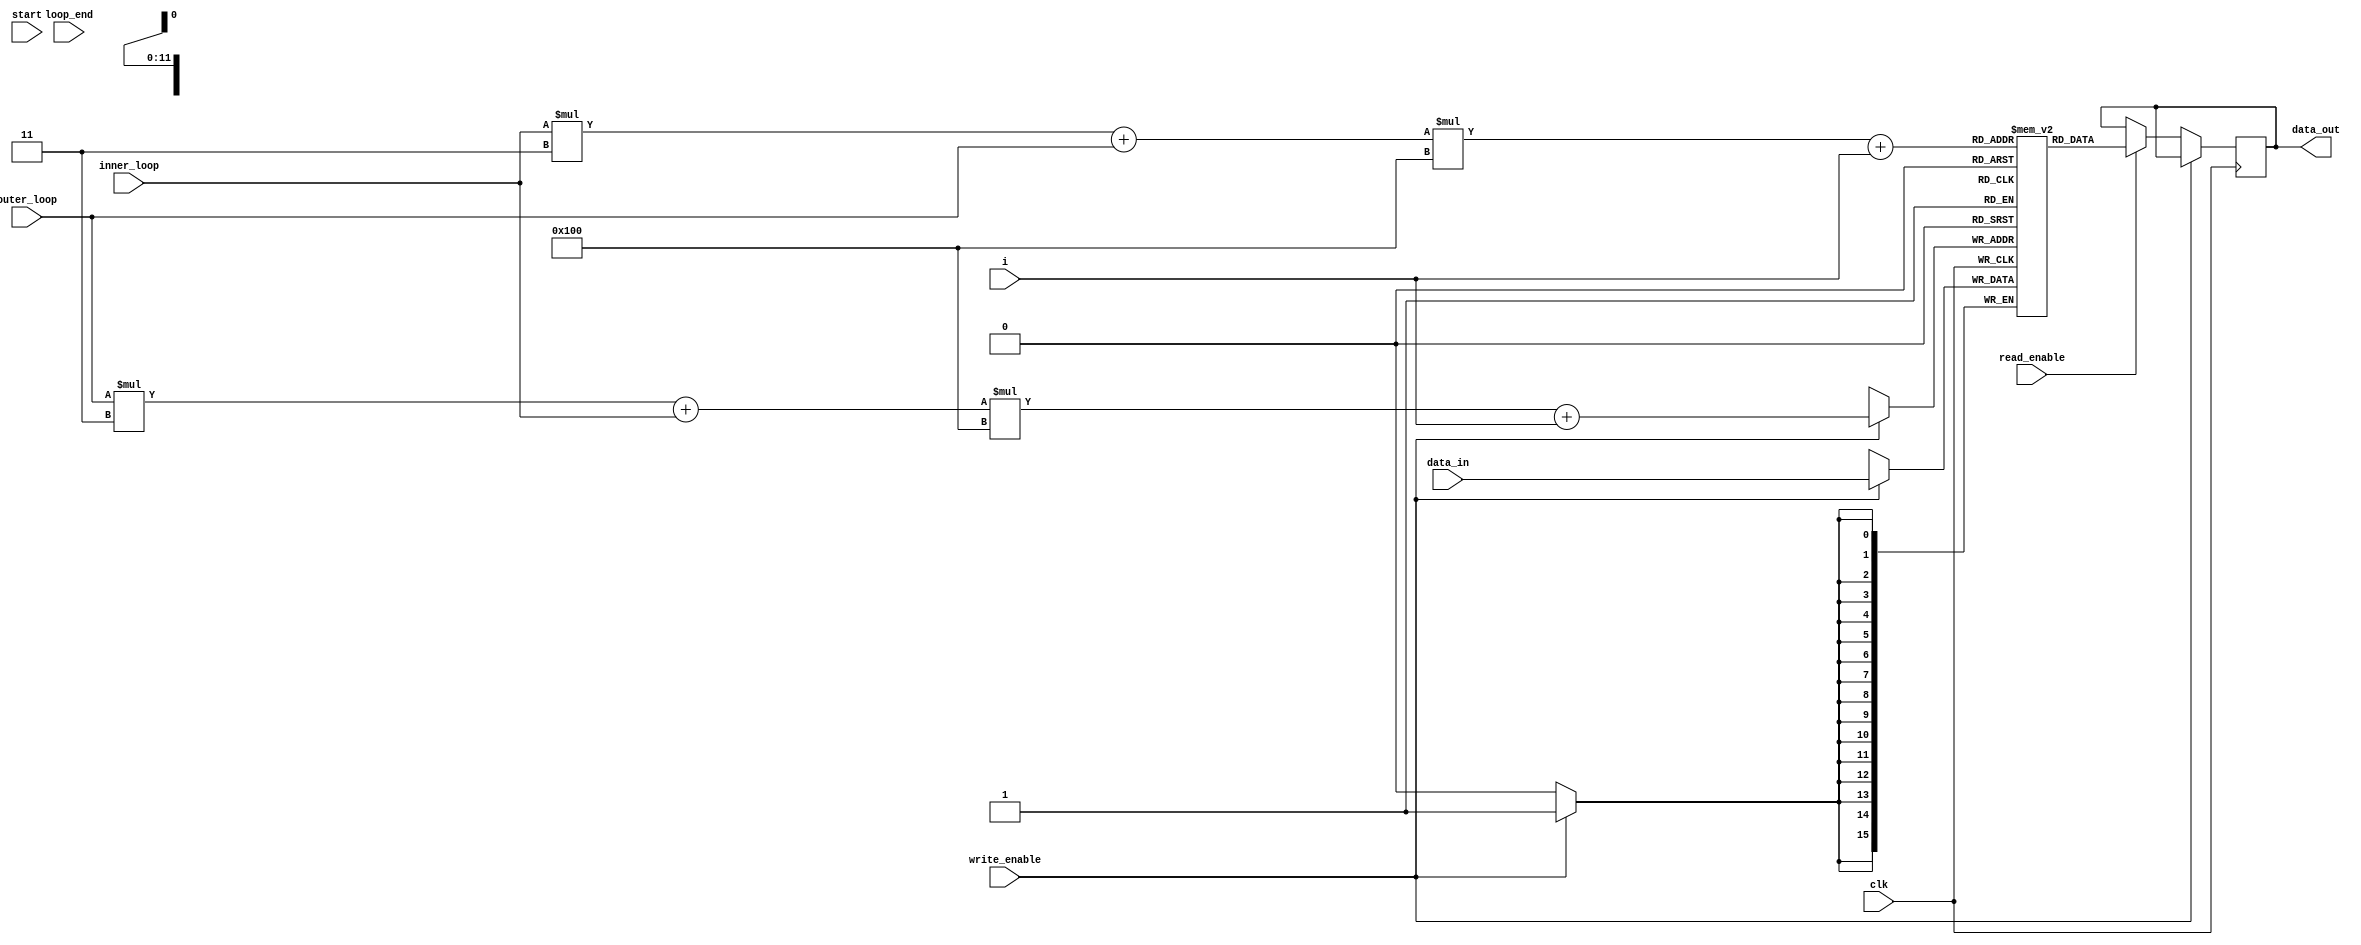
`timescale 1ns / 1ps

module A_register #(
    parameter Kyber_Security = 3  // Default value, change as needed
)(
    input write_enable,
    input read_enable,
    input loop_end,
    input start,
    input [7:0] i,
    input [2:0] inner_loop,
    input [2:0] outer_loop,
    input clk,
    input [15:0] data_in,
    output reg [15:0] data_out
);

    // Register array declaration
    reg [15:0] A [Kyber_Security - 1:0][Kyber_Security - 1:0] [255:0];
    
    always @(posedge clk)
    begin
      if(write_enable == 1'b1)
      begin
        A[outer_loop][inner_loop][i] <= data_in;
      end
      else if(read_enable == 1'b1)
      begin
        data_out <= A[inner_loop][outer_loop][i];
      end
    end


endmodule